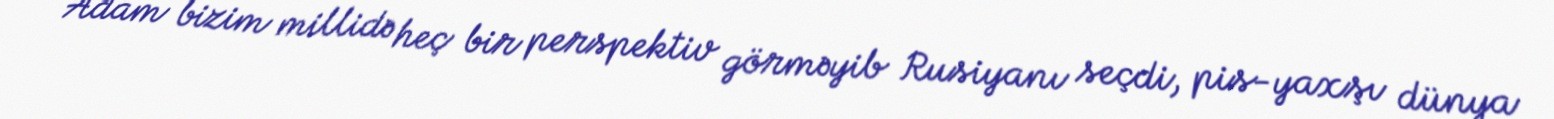
Adam bizim millidə heç bir perspektiv görməyib Rusiyanı seçdi, pis-yaxşı dünya